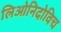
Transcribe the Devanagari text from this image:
लिओनिदोविच